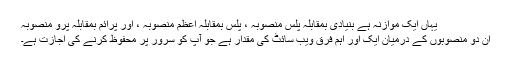
یہاں ایک موازنہ ہے بنیادی بمقابلہ پلس منصوبہ ، پلس بمقابلہ اعظم منصوبہ ، اور پرائم بمقابلہ پرو منصوبہ
ان دو منصوبوں کے درمیان ایک اور اہم فرق ویب سائٹ کی مقدار ہے جو آپ کو سرور پر محفوظ کرنے کی اجازت ہے۔